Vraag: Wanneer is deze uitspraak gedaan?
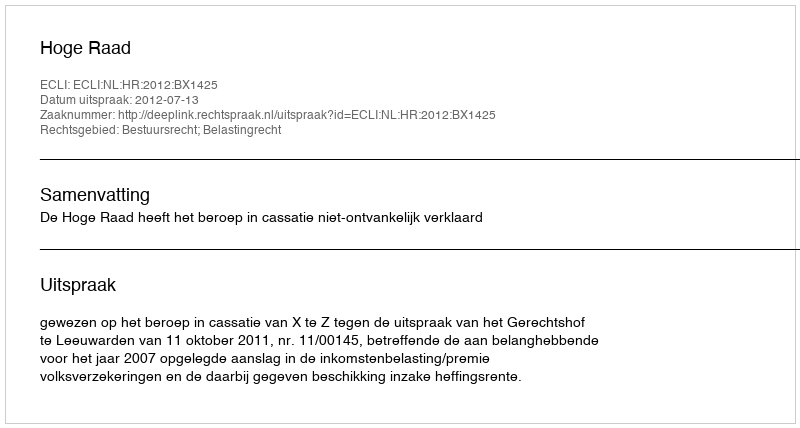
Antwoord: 2012-07-13